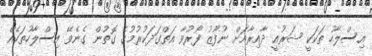
އިސްލާހު ތަކަކީ ޝަރުއީ ދާއިރާއަށް ނުފޫޒު ފޯރުވާ އަތްގަދަކުރުމުގެ ގޮތުން ގެނެވޭ އިސްލާހުތަކެއް